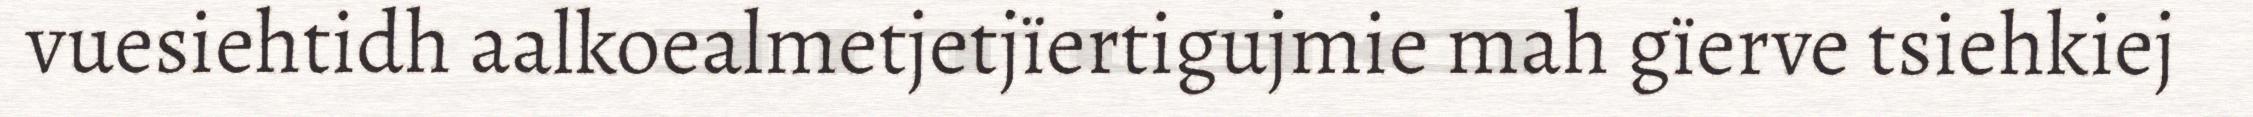
vuesiehtidh aalkoealmetjetjïertigujmie mah gïerve tsiehkiej